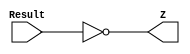
module zero_detector(
    input [31:0] Result,
    output Z
    );
    
    assign Z = Result==32'b0;  
    
endmodule